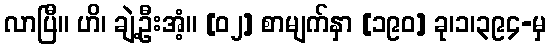
လာပြီ။ ဟိ၊ ချဲ့ဦးအံ့။ [၀၂] စာမျက်နှာ [၁၉၀] ခု၊၁၊၃၉၄-မှ